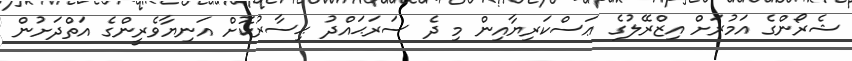
ޝެރޯންގެ އަމުރަށް އިޒްރޭލުގެ ޢަސްކަރިޔާއިން މި ދެ ސަރަޙައްދު ޙިސާރުކޮށް އަނިޔާވެރީންގެ އަތްދަށުން